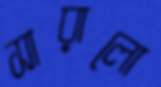
সারালো